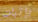
بإثبات